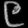
Digit: ၉